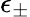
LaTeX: \epsilon_{\pm}